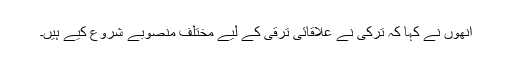
انھوں نے کہا کہ ترکی نے علاقائی ترقی کے لیے مختلف منصوبے شروع کیے ہیں۔